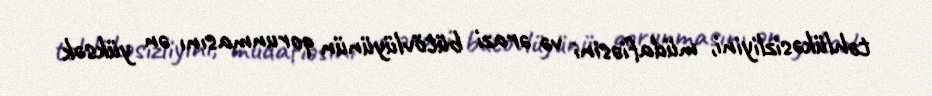
təhlükəsizliyini, müdafiəsini və ərazi bütövlüyünün qorunmasını ən yüksək